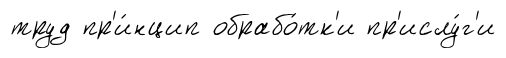
труд пр'и́нцип обрабо́тк'и пр'ислу́г'и